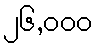
၂၆,၀၀၀